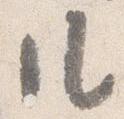
几